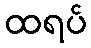
ထရပ်